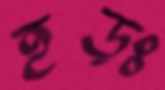
হড়ঃ